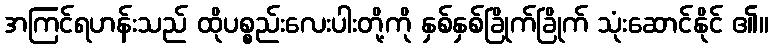
အကြင်ရဟန်းသည် ထိုပစ္စည်းလေးပါးတို့ကို နှစ်နှစ်ခြိုက်ခြိုက် သုံးဆောင်နိုင် ၏။